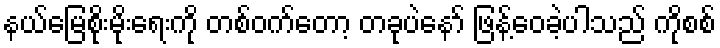
နယ်မြေစိုးမိုးရေးကို တစ်ဝက်တော့ တခုပဲနော် ဖြန့်ဝေခဲ့ပါသည် ကိုစစ်